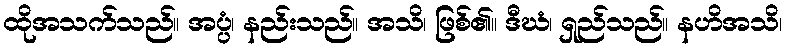
ထိုအသက်သည်။ အပ္ပံ၊ နည်းသည်။ အသိ၊ ဖြစ်၏။ ဒီဃံ၊ ရှည်သည်။ နဟိအသိ၊